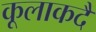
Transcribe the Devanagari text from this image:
कूलाकदै